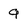
Character: 9